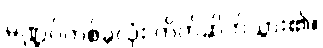
မဏ္ဍပ်တစ်ခုလုံး တိတ်ဆိတ်သွား၏။